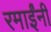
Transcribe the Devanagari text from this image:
रमाईंनी